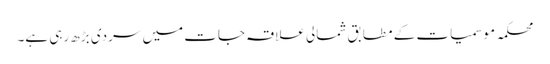
محکمہ موسمیات کے مطابق شمالی علاقہ جات میں سردی بڑھ رہی ہے۔